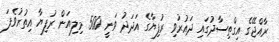
ރާއްޖޭގެ އިގްތިސާދުގައި ދައުރުވި ރުފިޔާގެ އަދަދު ވަނީ 500 މިލިއަން ރުފިޔާ އިތުރުވެފަ